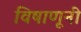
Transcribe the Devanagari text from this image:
विषाणूनी